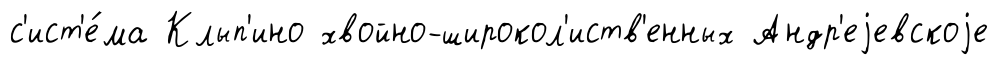
с'ист'е́ма Клып'ино хвойно-широкол'иств'енных Андр'еjевскоjе